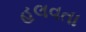
હલવતા